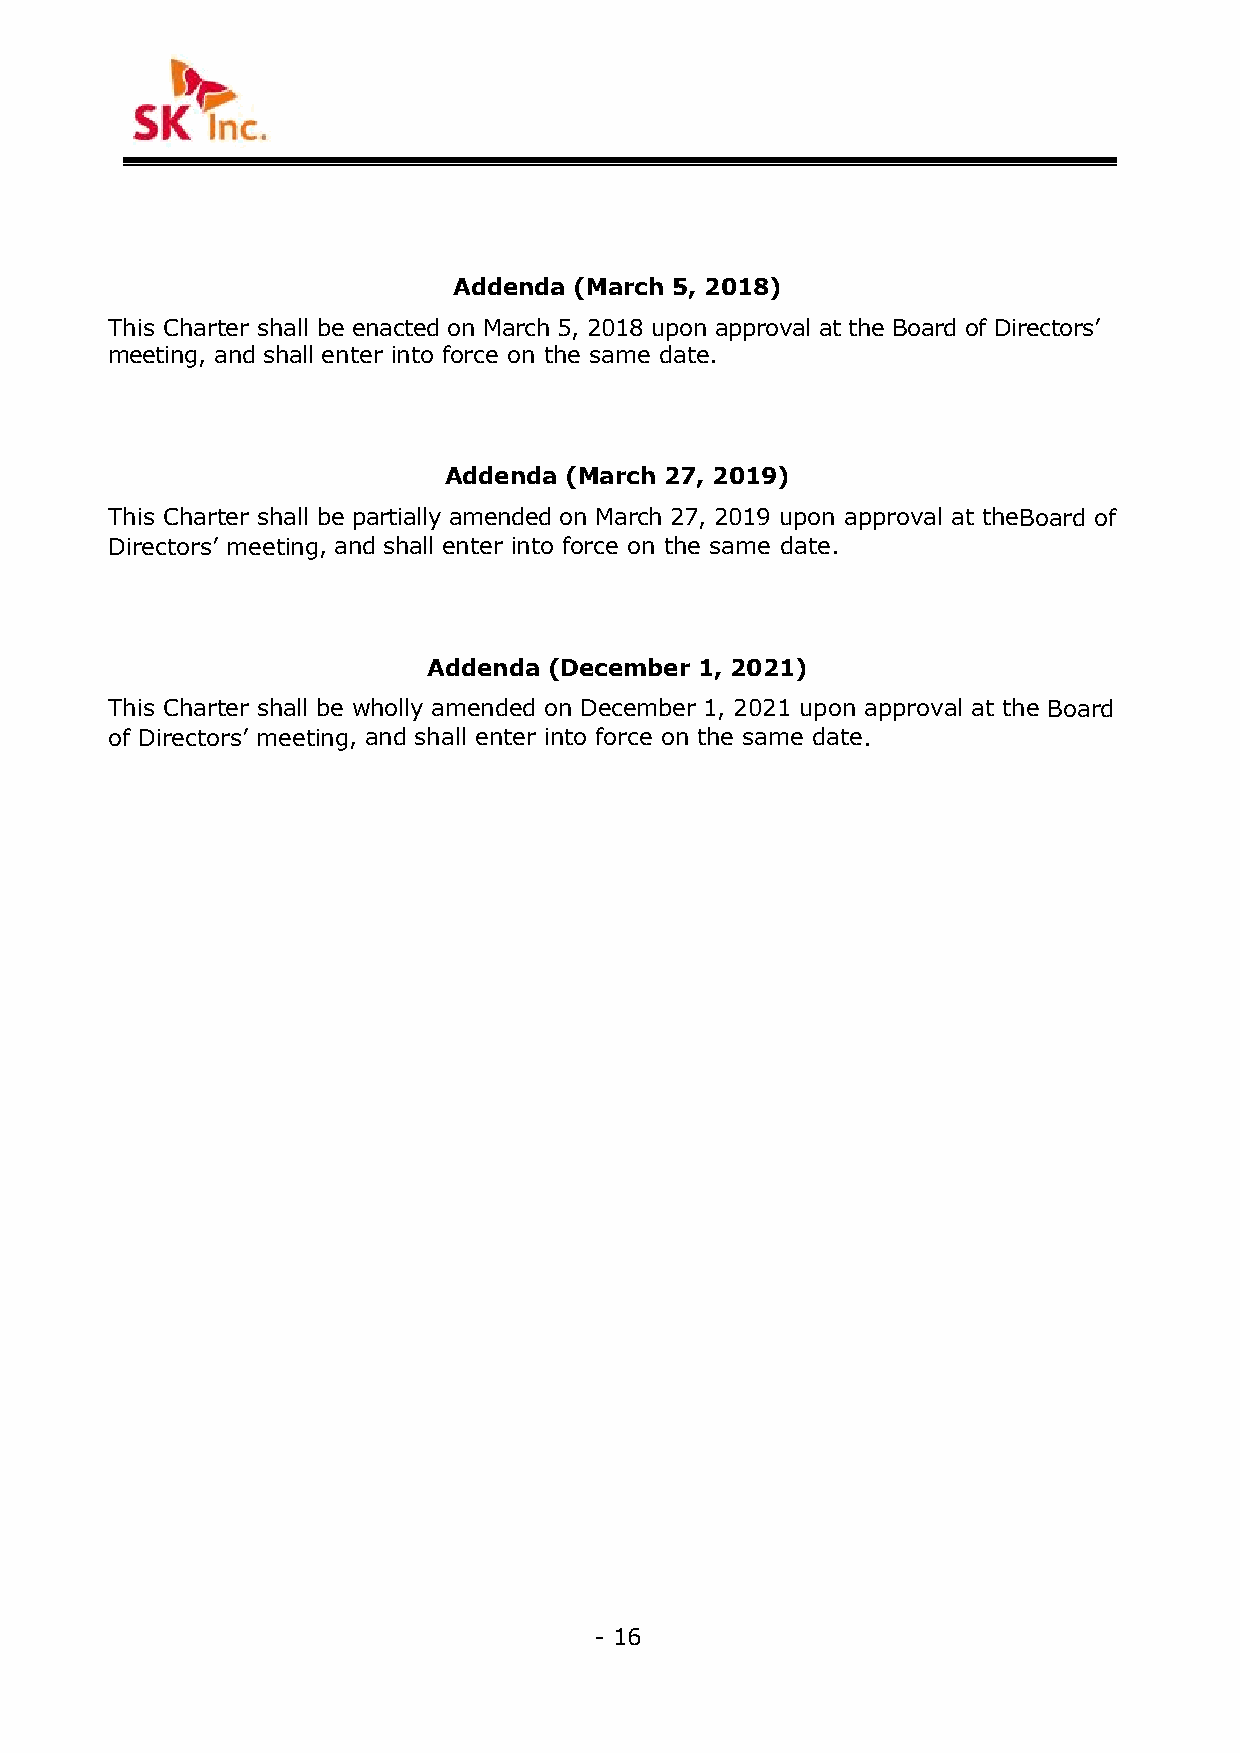
Addenda (March 5, 2018)
 This Charter shall be enacted on March 5, 2018 upon approval at the Board of Directors’
 meeting, and shall enter into force on the same date.
 Addenda (March 27, 2019)
 This Charter shall be partially amended on March 27, 2019 upon approval at theBoard of
 Directors’ meeting, and shall enter into force on the same date.
 Addenda (December 1, 2021)
 This Charter shall be wholly amended on December 1, 2021 upon approval at the Board
 of Directors’ meeting, and shall enter into force on the same date.
 - 16
 -